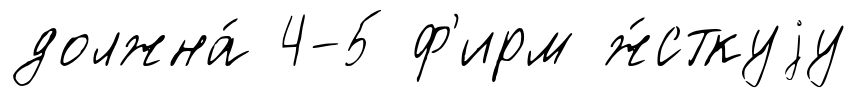
должна́ 4-5 ф'ирм ж́сткуjу